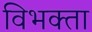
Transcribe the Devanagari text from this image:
विभक्ता